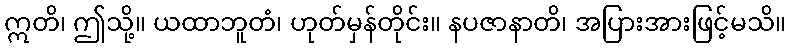
ဣတိ၊ ဤသို့။ ယထာဘူတံ၊ ဟုတ်မှန်တိုင်း။ နပဇာနာတိ၊ အပြားအားဖြင့်မသိ။